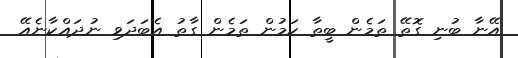
އޭނާ ބުނި ގޮތޭ ތަމެން ބީތާ ކަމުން ތަމެން ގާތު އެބަދަވި ނުދައްކާނެއޭ